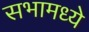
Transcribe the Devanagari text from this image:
सभामध्ये